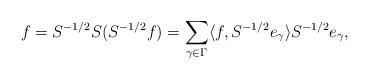
LaTeX: \begin{align*}f = S^{-1/2} S (S^{-1/2} f) = \sum_{\gamma \in \Gamma} \langle f, S^{-1/2} e_\gamma \rangle S^{-1/2} e_\gamma ,\end{align*}